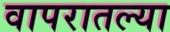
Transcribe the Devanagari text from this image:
वापरातल्या